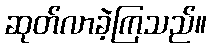
ဆုတ်လာခဲ့ကြသည်။